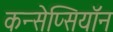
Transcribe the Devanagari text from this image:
कन्सेप्सियॉन